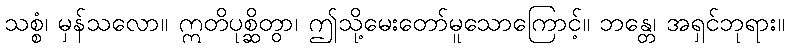
သစ္စံ၊ မှန်သလော။ ဣတိပုစ္ဆိတွာ၊ ဤသို့မေးတော်မူသောကြောင့်။ ဘန္တေ၊ အရှင်ဘုရား။